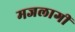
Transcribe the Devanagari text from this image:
मजलागीं